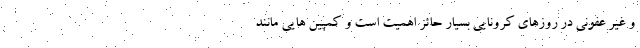
و غیر عفونی در روزهای کرونایی بسیار حائز اهمیت است و کمپین هایی مانند